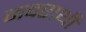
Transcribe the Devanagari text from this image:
नवराथी